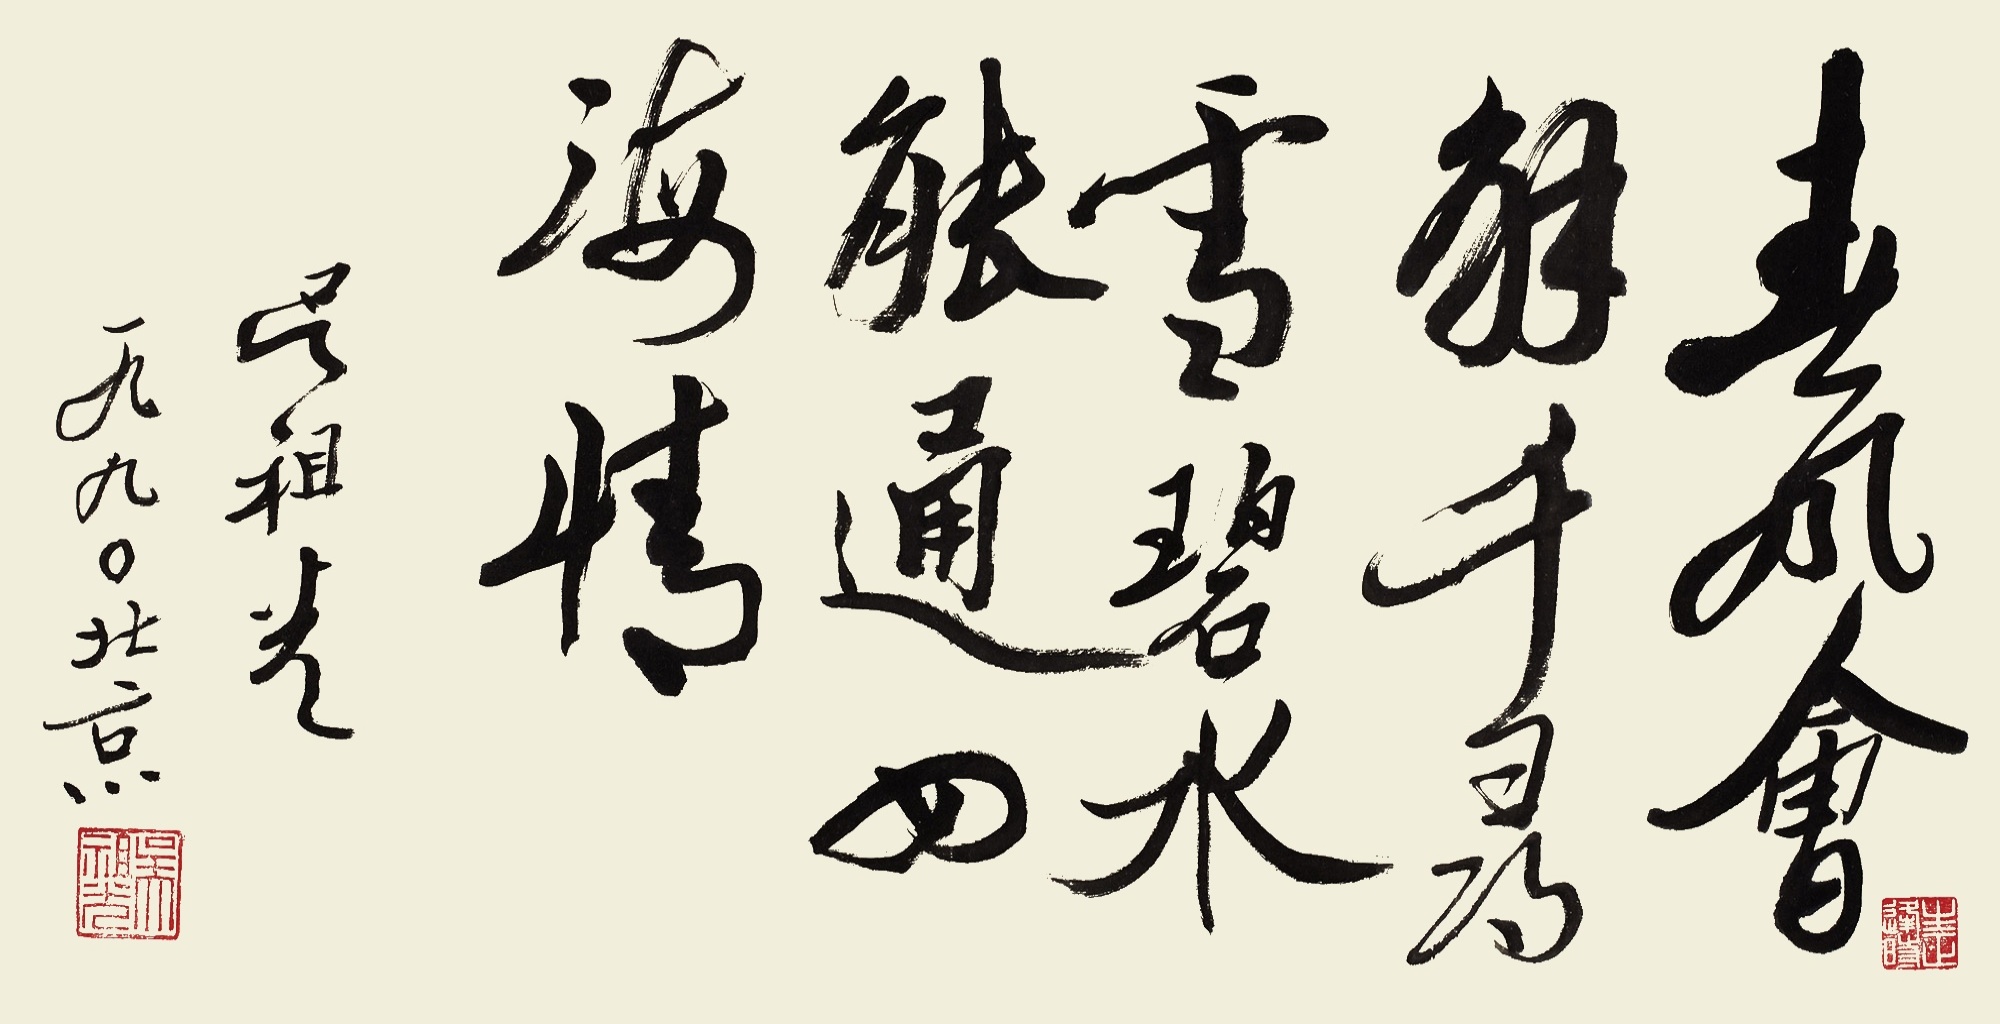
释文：春风会解千层雪，碧水能通四海情。吴祖光，一九九零，北京。